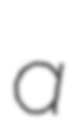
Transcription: a